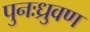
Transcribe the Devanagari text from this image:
पुनःध्रुवण